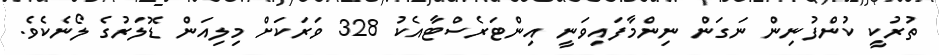
ތުރުކީ ކުންފުނިން ނަގަން ނިންމާފައިވަނީ އިންޓަރެސްޓާއެކު 328 ވަރަކަށް މިލިއަން ޑޮލަރުގެ ލޯނެކެވެ.